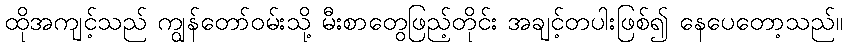
ထိုအကျင့်သည် ကျွန်တော်ဝမ်းသို့ မီးစာတွေဖြည့်တိုင်း အချင့်တပါးဖြစ်၍ နေပေတော့သည်။